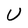
Character: U